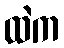
ထဲက